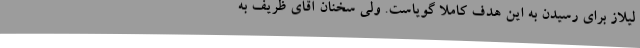
لیلاز برای رسیدن به این هدف کاملا گویاست. ولی سخنان آقای ظریف به